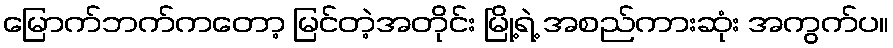
မြောက်ဘက်ကတော့ မြင်တဲ့အတိုင်း မြို့ရဲ့ အစည်ကားဆုံး အကွက်ပ။